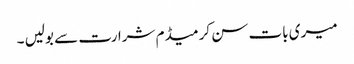
میری بات سن کر میڈم شرارت سے بولیں ۔